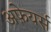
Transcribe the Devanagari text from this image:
अफ़ेयर्स